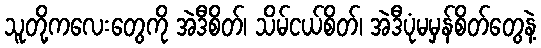
သူတို့ကလေးတွေကို အဲဒီစိတ်၊ သိမ်ငယ်စိတ်၊ အဲဒီပုံမမှန်စိတ်တွေနဲ့